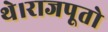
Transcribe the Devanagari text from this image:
थे।राजपूतो